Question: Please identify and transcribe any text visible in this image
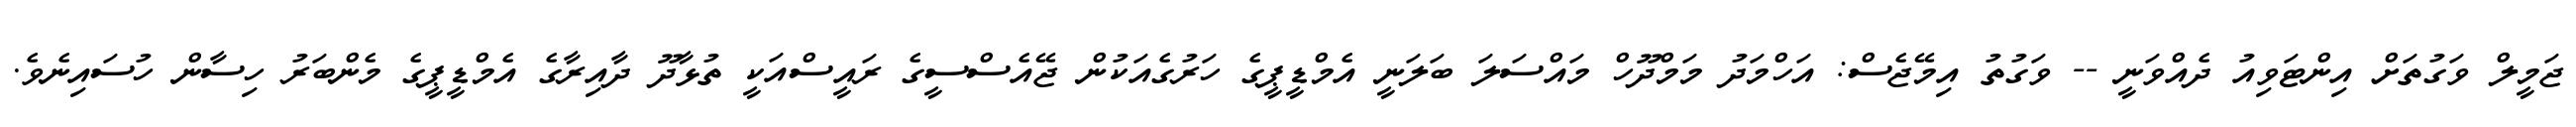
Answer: ޖަމީލް ވަގުތަށް އިންޓަވިއު ދެއްވަނީ -- ވަގުތު އިމޭޖެސް: އަހްމަދު މަމްދޫހް މައްސަލަ ބަލަނީ އެމްޑީޕީގެ ހަރުގެއަކުން ޖޭއެސްސީގެ ރައީސްއަކީ ތުޅާދޫ ދާއިރާގެ އެމްޑީޕީގެ މެންބަރު ހިސާން ހުސައިނެވެ.